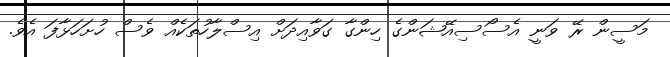
މަސީން ރޭ ވަނީ އެސޯސިއޭޝަންގެ ހިންގާ ގަވާއިދަށް އިސްލާހުތަކެއް ވެސް ހުށަހަޅާފަ އެވެ.